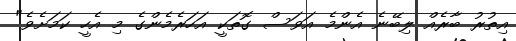
އިތުރު ބާރެއް ލިބޭނެ އެންމެ އަވަސް ގޮތަކީ އަހަރެމެންގެ މި އެހީ ކަމަށެވެ"